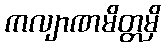
ကလျာဏမိတ္တမှိ